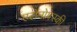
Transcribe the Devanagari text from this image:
एरोनोफ्स्की